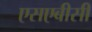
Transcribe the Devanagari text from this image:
एसएबीसी